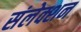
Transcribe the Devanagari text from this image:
संलेक्शन